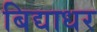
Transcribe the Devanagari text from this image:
बिद्याधर